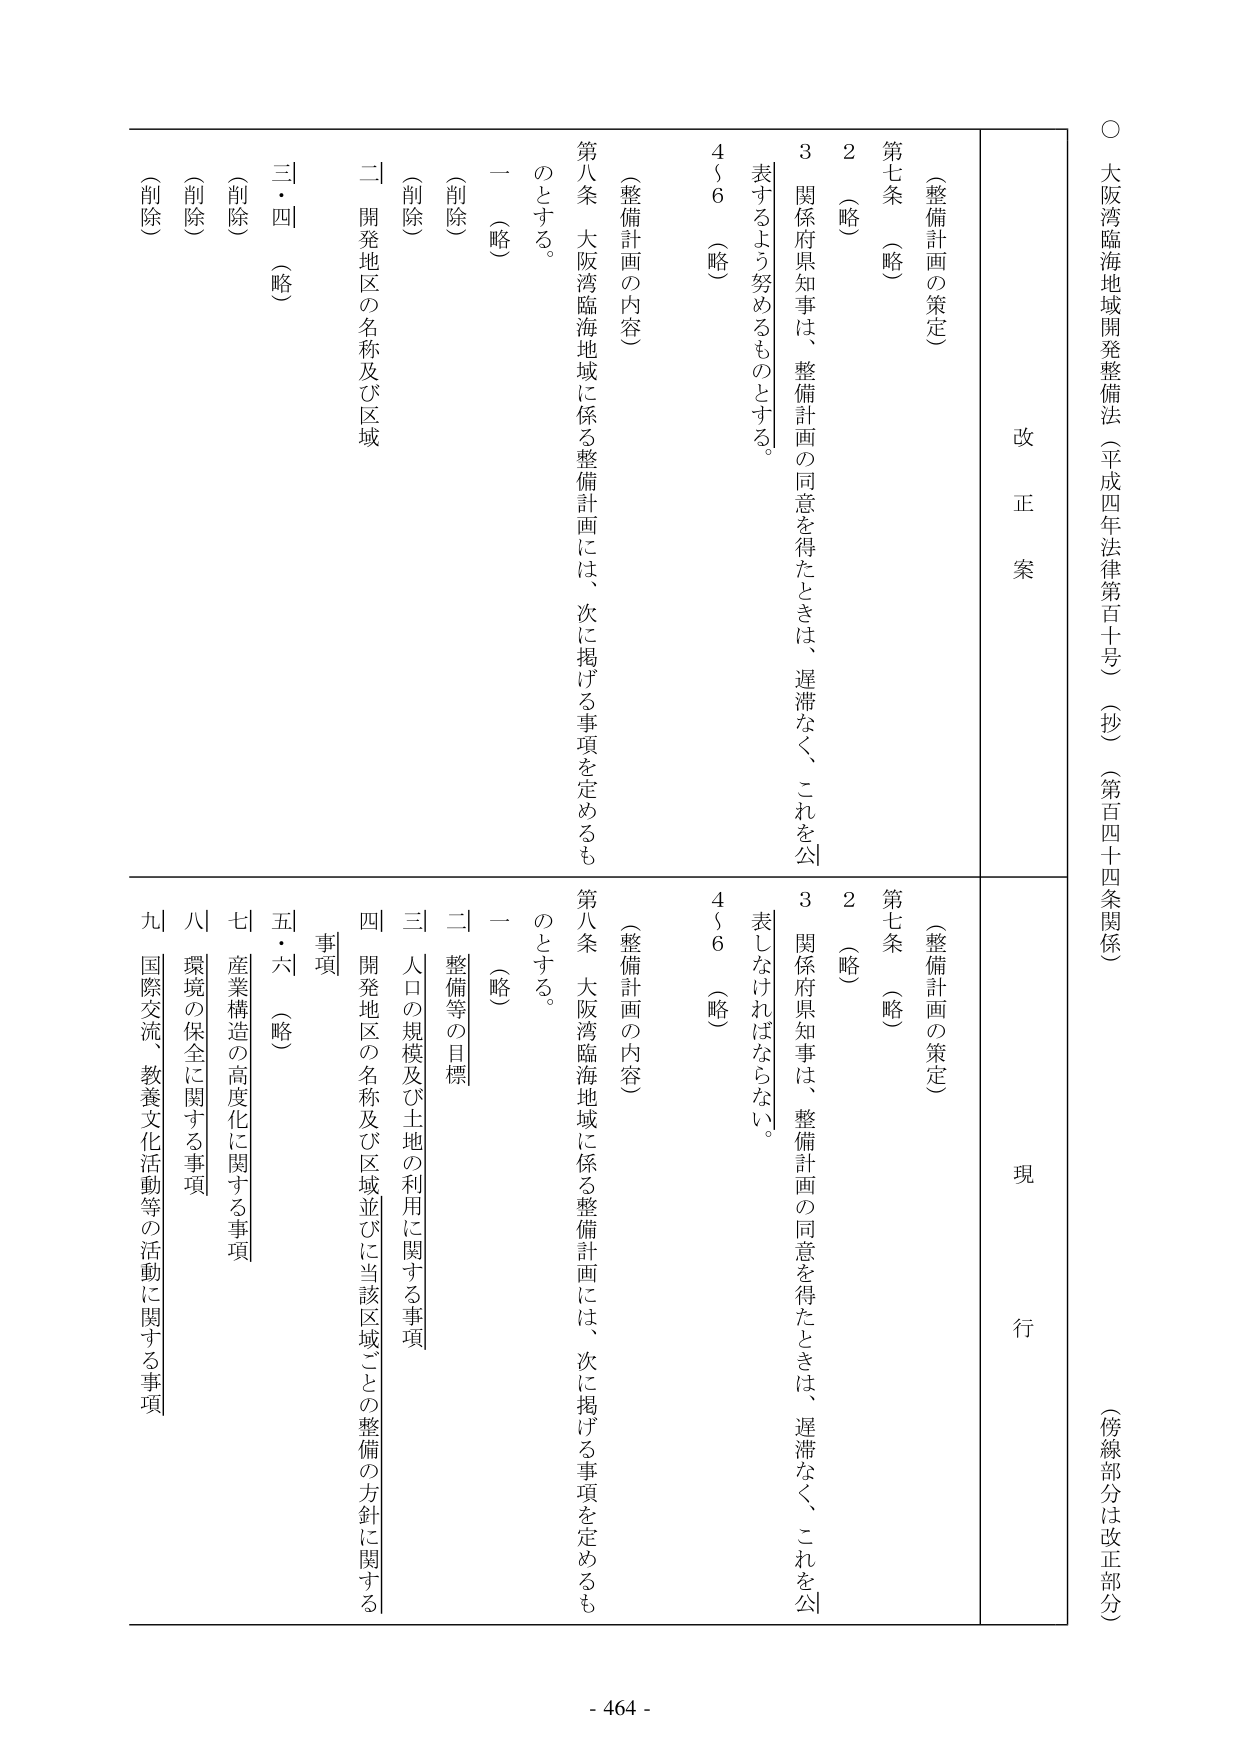
○ 大阪湾臨海地域開発整備法（平成四年法律第百十号）（抄）（第百四十四条関係）
（傍線部分は改正部分）

改正案
現行

（整備計画の策定）
第七条 （略）
２ （略）
３ 関係府県知事は、整備計画の同意を得たときは、遅滞なく、これを公表するよう努めるものとする。
４～６ （略）

（整備計画の内容）
第八条 大阪湾臨海地域に係る整備計画には、次に掲げる事項を定めるものとする。
一 （略）
（削除）
二 開発地区の名称及び区域
三・四 （略）
（削除）

（整備計画の策定）
第七条 （略）
２ （略）
３ 関係府県知事は、整備計画の同意を得たときは、遅滞なく、これを公表しなければならない。
４～６ （略）

（整備計画の内容）
第八条 大阪湾臨海地域に係る整備計画には、次に掲げる事項を定めるものとする。
一 （略）
二 整備等の目標
三 人口の規模及び土地の利用に関する事項
四 開発地区の名称及び区域並びに当該区域ごとの整備の方針に関する事項
五・六 （略）
七 産業構造の高度化に関する事項
八 環境の保全に関する事項
九 国際交流、教養文化活動等の活動に関する事項

- 464 -